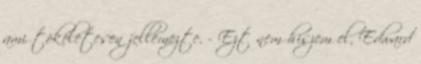
ami tökéletesen jellemezte. - Ezt nem hiszem el, Edward